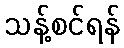
သန့်စင်ရန်